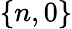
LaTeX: \{ n,0\}